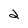
Character: 2